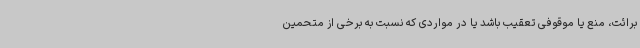
برائت، منع یا موقوفی تعقیب باشد یا در مواردی که نسبت به برخی از متحمین